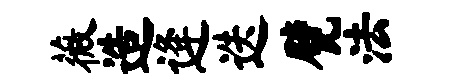
薇造逄迭甓法